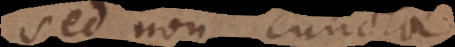
sed non cuncta